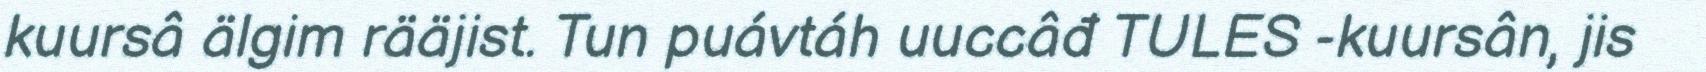
kuursâ älgim rääjist. Tun puávtáh uuccâđ TULES -kuursân, jis